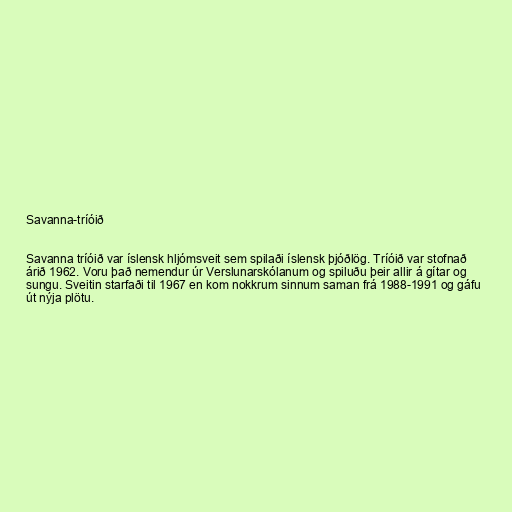
Savanna-tríóið

Savanna tríóið var íslensk hljómsveit sem spilaði íslensk þjóðlög. Tríóið var stofnað
árið 1962. Voru það nemendur úr Verslunarskólanum og spiluðu þeir allir á gítar og
sungu. Sveitin starfaði til 1967 en kom nokkrum sinnum saman frá 1988-1991 og gáfu
út nýja plötu.